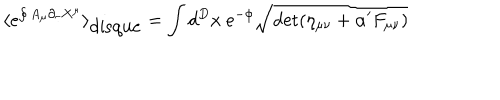
LaTeX: \langle e ^ { \oint A _ { \mu } \partial _ { \tau } X ^ { \mu } } \rangle _ { \mathrm { d i s q u e } } = \int d ^ { D } x ~ e ^ { - \phi } \sqrt { \det ( \eta _ { \mu \nu } + \alpha ^ { \prime } F _ { \mu \nu } ) }